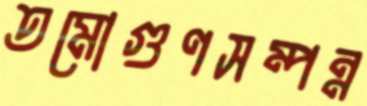
তমোগুণসম্পন্ন